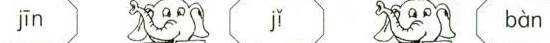
jīn jǐ bàn